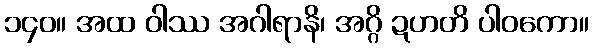
၁၄၀။ အထ ဝါဿ အဂါရာနိ၊ အဂ္ဂိ ဍဟတိ ပါဝကော။